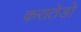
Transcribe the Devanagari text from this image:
करातेडो